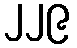
၂၂၉